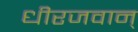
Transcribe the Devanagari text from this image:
धीरजवान्